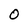
Character: O